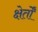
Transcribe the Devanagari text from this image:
क्षेर्तों